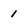
Character: i